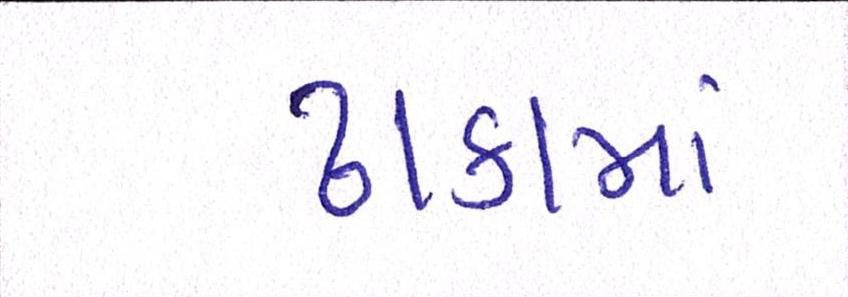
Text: ઢાકામાં